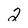
Character: 2